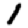
Digit: 1